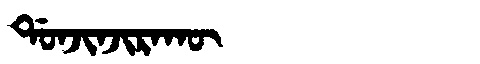
Manchu: ᡩᠣᠨᠵᡳᠨᠵᡳᡵᠠᡴᡡ
Romanization: DONJINJIRAKŪ